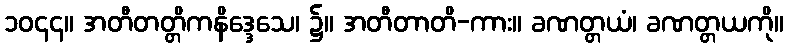
၁၀၄၄။ အတီတတ္တိကနိဒ္ဒေသေ၊ ၌။ အတီတာတိ-ကား။ ခဏတ္တယံ၊ ခဏတ္တယကို။